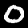
Label: 0